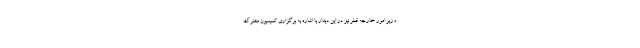
وزیر امور خارجه قطر نیز در این دیدار با اشاره به برگزاری کمیسیون مشترک